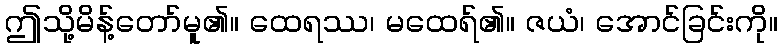
ဤသို့မိန့်တော်မူ၏။ ထေရဿ၊ မထေရ်၏။ ဇယံ၊ အောင်ခြင်းကို။